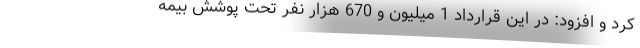
کرد و افزود: در این قرارداد 1 میلیون و 670 هزار نفر تحت پوشش بیمه